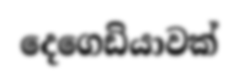
දෙගෙඩියාවක්